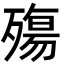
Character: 殤